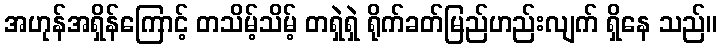
အဟုန်အရှိန်ကြောင့် တသိမ့်သိမ့် တရှဲရှဲ ရိုက်ခတ်မြည်ဟည်းလျက် ရှိနေ သည်။